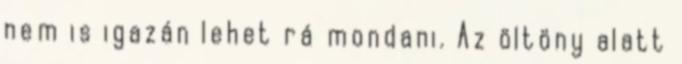
nem is igazán lehet rá mondani. Az öltöny alatt